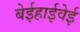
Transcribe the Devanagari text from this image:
बेईहाईवेई